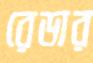
রেডার